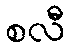
စလီ